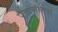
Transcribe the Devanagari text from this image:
पैंतालीसवां